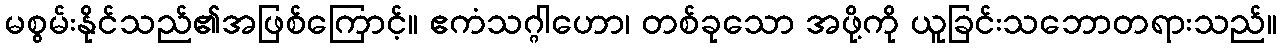
မစွမ်းနိုင်သည်၏အဖြစ်ကြောင့်။ ဧကံသဂ္ဂါဟော၊ တစ်ခုသော အဖို့ကို ယူခြင်းသဘောတရားသည်။